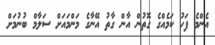
އެންމެ ފަހު ކަމެއްގެ ގޮތުން އާން ގާތު އޭނާގެ މަންމައަށް ސަލާމް ބުނުމަށް